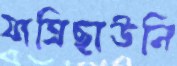
যাত্রিছাউনি